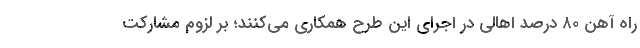
راه آهن ۸۰ درصد اهالی در اجرای این طرح همکاری می‌کنند؛ بر لزوم مشارکت